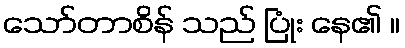
သော်တာစိန် သည် ပြုံး နေ၏ ။